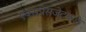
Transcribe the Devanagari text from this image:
एक्सप्रेसजेटकडे